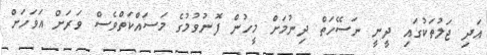
އަދި ޖަލުތަކުގައި ދީނީ ނަސޭހަތް ދިނުމަށް މީހުން ފޮނުވުމުގެ މަސައްކަތްވެސް ވަރަށް އަވަހަށް